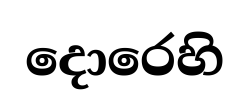
දොරෙහි